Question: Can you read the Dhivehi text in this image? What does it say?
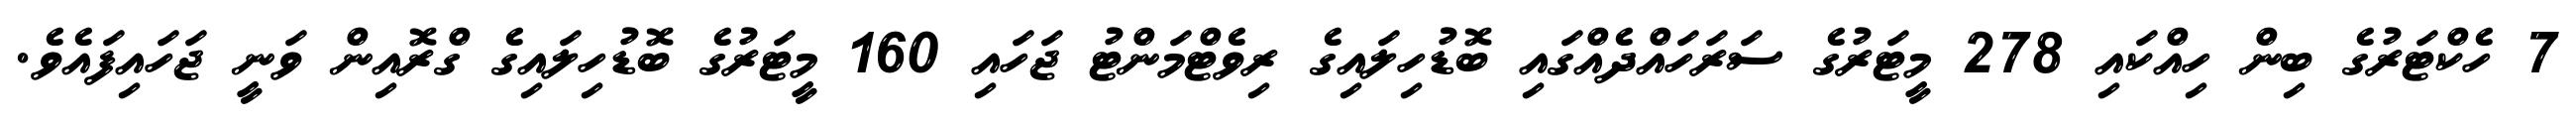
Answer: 7 ހެކްޓަރުގެ ބިން ހިއްކައި 278 މީޓަރުގެ ސަރަހައްދެއްގައި ބޮޑުހިލައިގެ ރިވެޓްމަންޓު ޖަހައި 160 މީޓަރުގެ ބޮޑުހިލައިގެ ގްރޮއިން ވަނީ ޖަހައިފައެވެ.